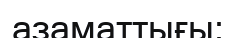
азаматтығы;